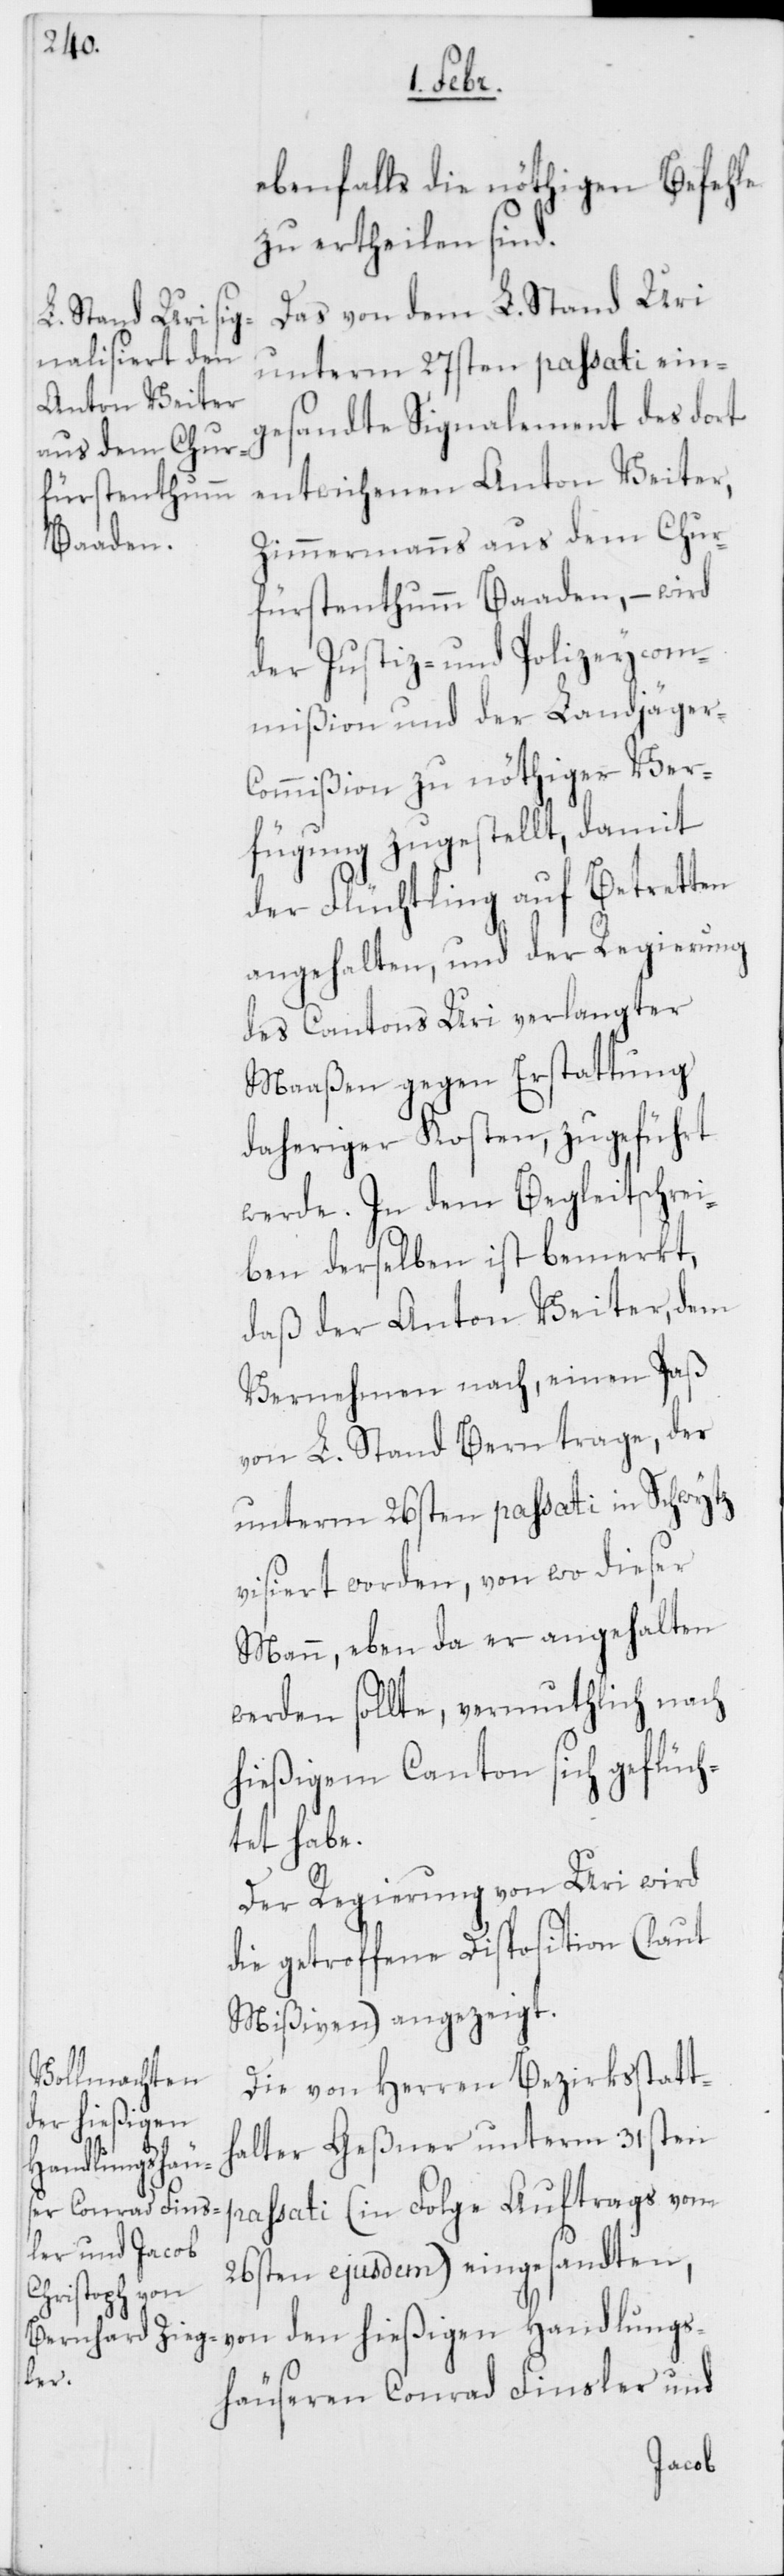
ebenfalls die nöthigen Befehle
zu ertheilen sind.
Das von dem L. Stand Uri
unterm 27sten passati eing¬
esandte Signalement des dort
entwichenen Anton Veiter,
Zimmermanns aus dem Chur¬
fürstenthumm Baaden, – wird
der Justiz- und Polizeycom¬
mißion und der Landjäger-C¬
ommißion zu nöthiger Ver¬
fügung zugestellt, damit
der Flüchtling auf Betretten
angehalten, und der Regierung
des Cantons Uri verlangter
Maaßen gegen Erstattung
daheriger Kosten, zugeführt
werde. In dem Begleitschrei¬
ben derselben ist bemerkt,
daß der Anton Veiter, dem
Vernehmen nach, einen Paß
von L. Stand Bern trage, der
unterm 26sten passati in Schwytz
visiert worden, von wo dieser
Mann, eben da er angehalten
werden sollte, vermuthlich nach
hießigem Canton sich geflüch¬
tet habe.
Der Regierung von Uri wird
die getroffene Disposition (laut
Mißiven) angezeigt.
Die von Herren Bezirksstatt¬
halter Geßner unterm 31sten
passati (in Folge Auftrags vom
26ten ejusdem) eingesandten,
von den hießigen Handlungs¬
häuseren Conrad Finsler und